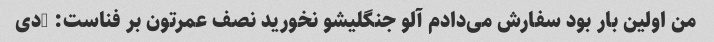
من اولین بار بود سفارش می‌دادم آلو جنگلیشو نخورید نصف عمرتون بر فناست: -دی